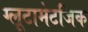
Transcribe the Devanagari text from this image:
ग्लूटामेटर्जिक